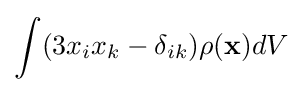
\int (3x_{i}x_{k}-\delta _{ik})\rho (\mathbf {x} )dV